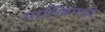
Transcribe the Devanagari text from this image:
गालिबमध्ये